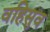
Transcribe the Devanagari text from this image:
वहिसुव